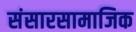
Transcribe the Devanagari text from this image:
संसारसामाजिक